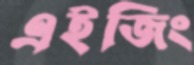
এইজিং